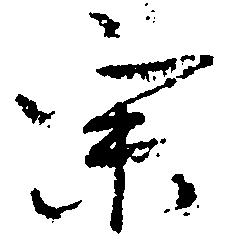
宗